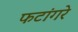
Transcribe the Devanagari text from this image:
फटांगरे